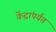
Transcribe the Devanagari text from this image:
केंद्रांपर्यंत